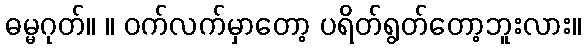
ဓမ္မဂုတ်။ ။ ဝက်လက်မှာတော့ ပရိတ်ရွတ်တော့ဘူးလား။